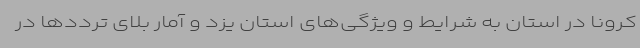
کرونا در استان به شرایط و ویژگی‌های استان یزد و آمار بلای ترددها در